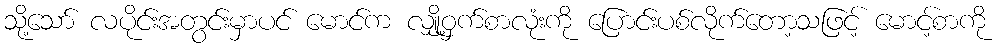
သို့သော် လပိုင်းအတွင်းမှာပင် မောင်က လျှို့ဝှက်စာလုံးကို ပြောင်းပစ်လိုက်တော့သဖြင့် မောင့်စာကို